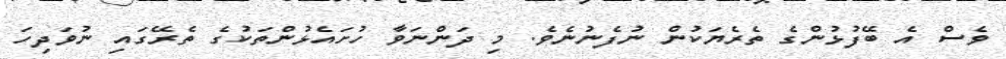
ވެސް އެ ބޭފުޅުންގެ ތެރެޔަކުން ނުފެނުނެވެ. މި ދަންނަވާ ހުށައެޅުންތަކުގެ ތެރޭގައި ނުވަދިހަ